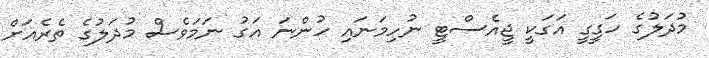
މުދަލުގެ ހަގީގީ އަގަކީ ޖީއެސްޓީ ނުހިމަނައި ހުންނަ އަގު ނަމަވެސް މުދަލުގެ ތެރެއަށް